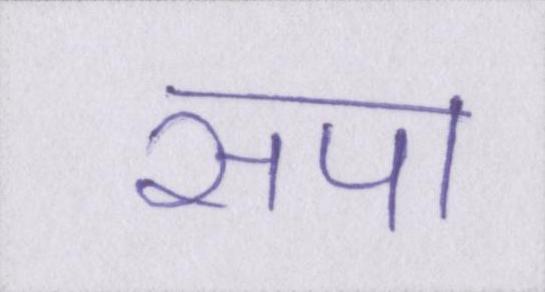
सपा